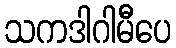
သကဒါဂါမီပေ